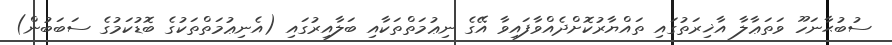
ސުބުޙާނަހޫ ވަތަޢާލާ އާޚިރަތުގައި ތައްޔާރުކޮށްދެއްވާފައިވާ އޭގެ ނިޢުމަތްތަކާއި ބަލާއިރުގައި (އެނިޢުމަތްތަކުގެ ބޮޑުކަމުގެ ސަބަބުން)